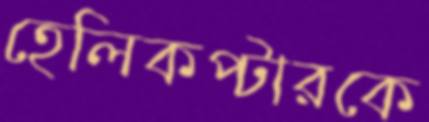
হেলিকপ্টারকে